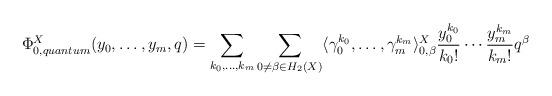
LaTeX: \begin{align*}\Phi_{0,quantum}^X(y_0, \ldots, y_m, q) = \sum_{k_0, \ldots, k_m} \sum_{0 \neq \beta \in H_2(X)} \langle\gamma_0^{k_0}, \ldots, \gamma_m^{k_m}\rangle_{0,\beta}^X \frac{y_0^{k_0}}{k_0!} \cdots \frac{y_m^{k_m}}{k_m!} q^\beta\end{align*}